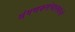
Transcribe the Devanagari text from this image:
संगणकसंचालकांनी